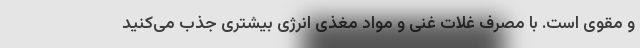
و مقوی است. با مصرف غلات غنی و مواد مغذی انرژی بیشتری جذب می‌کنید